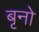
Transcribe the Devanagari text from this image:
बृनो